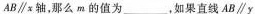
AB\parallel x轴，那么m的值为____，如果直线AB\parallel y